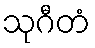
သုဂီတံ